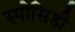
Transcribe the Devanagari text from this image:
स्पीसिडी